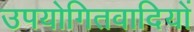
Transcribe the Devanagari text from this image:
उपयोगितवादियों